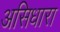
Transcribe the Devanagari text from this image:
असिधारा